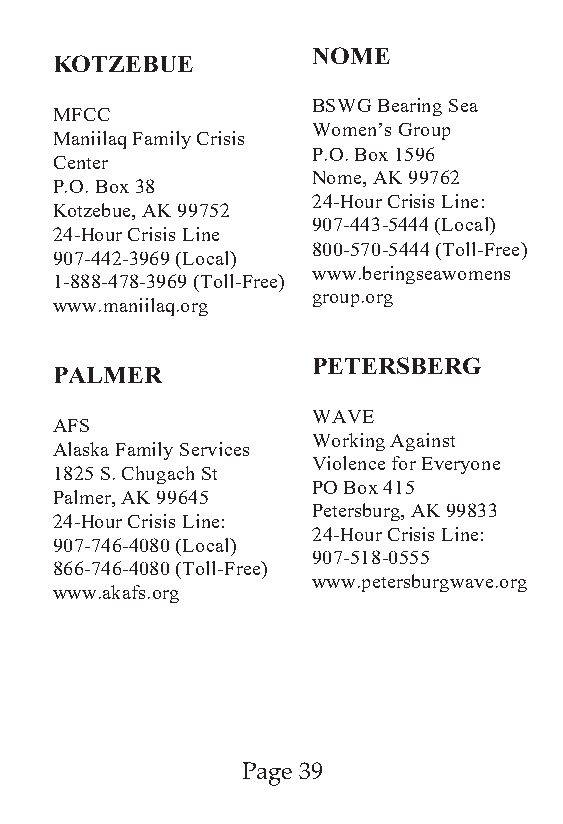
NOME
 KOTZEBUE
 BSWG Bearing Sea
 MFCC
 Women’s Group
 Maniilaq Family Crisis
 P.O. Box 1596
 Center
 Nome, AK 99762
 P.O. Box 38
 24-Hour Crisis Line:
 Kotzebue, AK 99752
 907-443-5444 (Local)
 24-Hour Crisis Line
 800-570-5444 (Toll-Free)
 907-442-3969 (Local)
 www.beringseawomens
 1-888-478-3969 (Toll-Free)
 group.org
 www.maniilaq.org
 PETERSBERG
 PALMER
 WAVE
 AFS
 Working Against
 Alaska Family Services
 Violence for Everyone
 1825 S. Chugach St
 PO Box 415
 Palmer, AK 99645
 Petersburg, AK 99833
 24-Hour Crisis Line:
 24-Hour Crisis Line:
 907-746-4080 (Local)
 907-518-0555
 866-746-4080 (Toll-Free)
 www.petersburgwave.org
 www.akafs.org
 Page 39